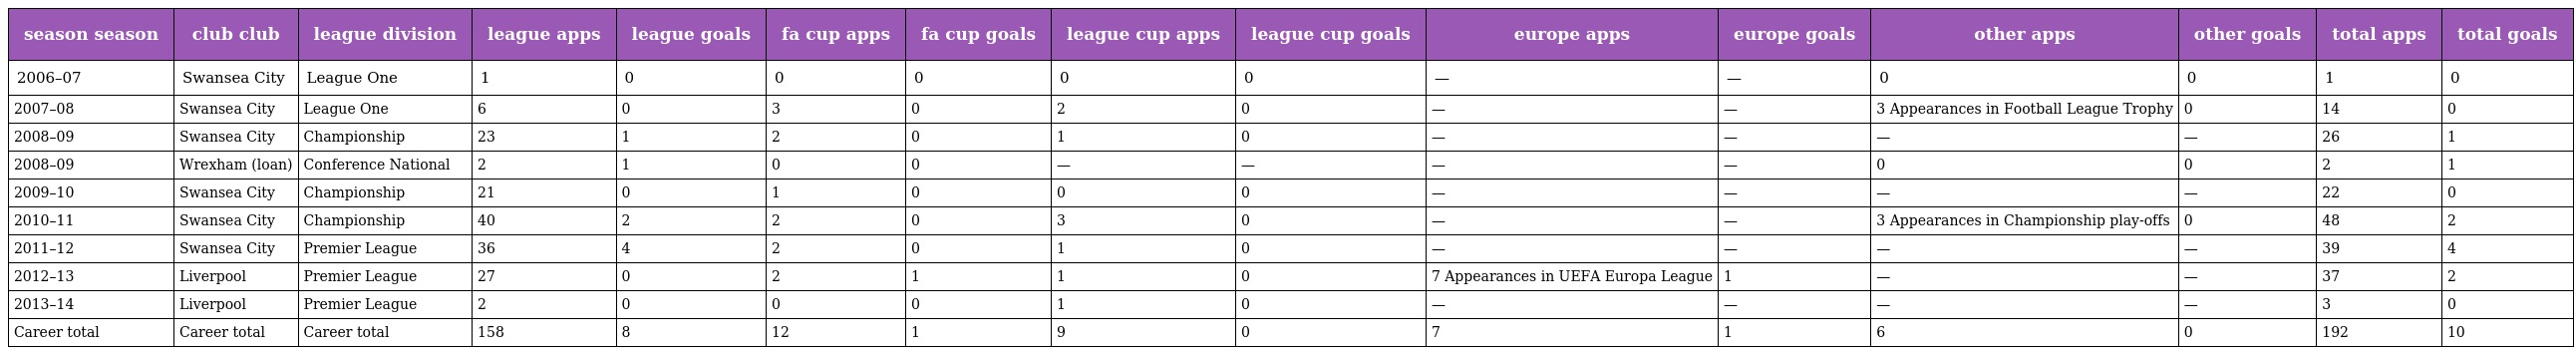
| season season | club club | league division | league apps | league goals | fa cup apps | fa cup goals | league cup apps | league cup goals | europe apps | europe goals | other apps | other goals | total apps | total goals |
 | --- | --- | --- | --- | --- | --- | --- | --- | --- | --- | --- | --- | --- | --- | --- |
 | 2006–07 | Swansea City | League One | 1 | 0 | 0 | 0 | 0 | 0 | — | — | 0 | 0 | 1 | 0 |
 | 2007–08 | Swansea City | League One | 6 | 0 | 3 | 0 | 2 | 0 | — | — | 3 Appearances in Football League Trophy | 0 | 14 | 0 |
 | 2008–09 | Swansea City | Championship | 23 | 1 | 2 | 0 | 1 | 0 | — | — | — | — | 26 | 1 |
 | 2008–09 | Wrexham (loan) | Conference National | 2 | 1 | 0 | 0 | — | — | — | — | 0 | 0 | 2 | 1 |
 | 2009–10 | Swansea City | Championship | 21 | 0 | 1 | 0 | 0 | 0 | — | — | — | — | 22 | 0 |
 | 2010–11 | Swansea City | Championship | 40 | 2 | 2 | 0 | 3 | 0 | — | — | 3 Appearances in Championship play-offs | 0 | 48 | 2 |
 | 2011–12 | Swansea City | Premier League | 36 | 4 | 2 | 0 | 1 | 0 | — | — | — | — | 39 | 4 |
 | 2012–13 | Liverpool | Premier League | 27 | 0 | 2 | 1 | 1 | 0 | 7 Appearances in UEFA Europa League | 1 | — | — | 37 | 2 |
 | 2013–14 | Liverpool | Premier League | 2 | 0 | 0 | 0 | 1 | 0 | — | — | — | — | 3 | 0 |
 | Career total | Career total | Career total | 158 | 8 | 12 | 1 | 9 | 0 | 7 | 1 | 6 | 0 | 192 | 10 |